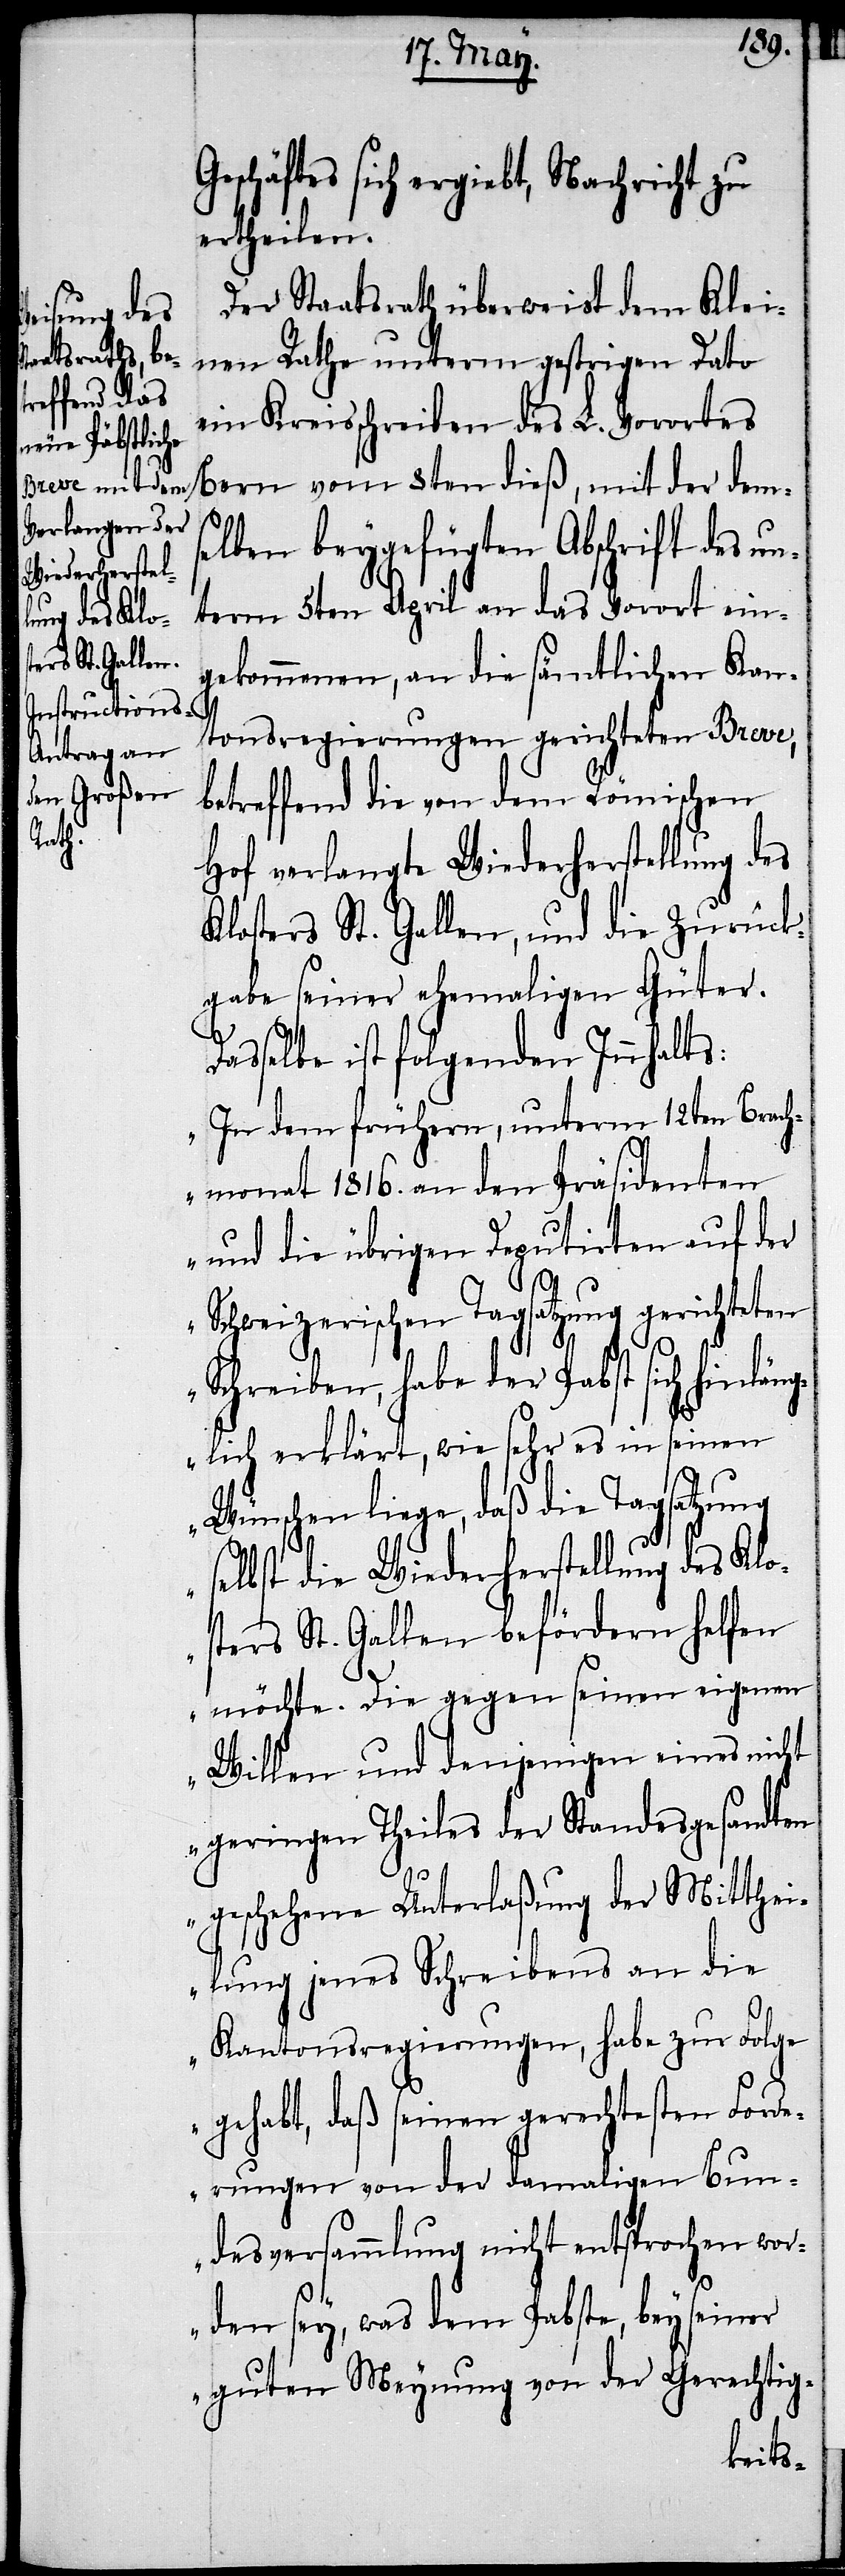
Geschäftes sich ergiebt, Nachricht zu
ertheilen.
Der Staatsrath überweist dem Klei¬
nen Rathe unterm gestrigen Dato
ein Kreisschreiben des L. Vorortes
Bern vom 8ten dieß, mit der dem¬
selben beygefügten Abschrift des un¬
term 5ten April an das Vorort ein¬
gekommenen, an die sämtlichen Kan¬
tonsregierungen gerichteten Breve,
betreffend die von dem Römischen
Hof verlangte Wiederherstellung des
Klosters St. Gallen, und die Zurück¬
gabe seiner ehemaligen Güter.
Dasselbe ist folgenden Innhalts:
„In dem frühern, unterm 12ten Brach¬
monath 1816. an den Präsidenten
und die übrigen Deputirten auf der
Schweizerischen Tagsatzung gerichteten
Schreiben, habe der Pabst sich hinlän¬
glich erklärt, wie sehr es in seinen
Wünschen liege, daß die Tagsatzung
selbst die Wiederherstellung des Klo¬
sters St. Gallen befördern helfen
möchte. Die gegen seinen eigenen
Willen und denjenigen eines nicht
geringen Theils der Standesgesandten
geschehene Unterlaßung der Mitthei¬
lung jenes Schreibens an die
Kantonsregierungen, habe zur Folge
gehabt, daß seinen gerechtesten Forde¬
rungen von der damaligen Bun¬
desversammlung nicht entsprochen wor¬
den sey, was dem Pabste, bey seiner
guten Meynung von der Gerechtig-